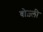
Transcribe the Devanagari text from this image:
बोज़्ली